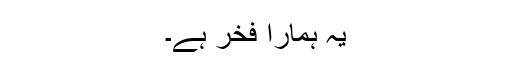
یہ ہمارا فخر ہے۔